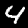
Digit: 4